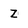
Character: Z